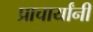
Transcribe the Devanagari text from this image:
प्राचार्यांनी